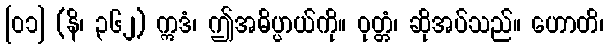
[၀၁] (နိ၊ ၃၆၂) ဣဒံ၊ ဤအဓိပ္ပာယ်ကို။ ဝုတ္တံ၊ ဆိုအပ်သည်။ ဟောတိ၊